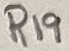
Text: R19